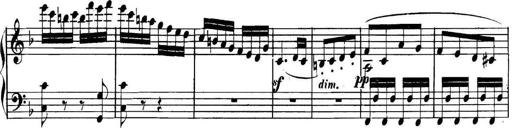
Title: Collected Piano Sonatas
Composer: Muzio Clementi